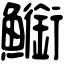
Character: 䲗